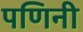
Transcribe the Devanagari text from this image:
पणिनी